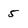
Character: 5